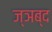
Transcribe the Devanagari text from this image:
ज्ञब्द